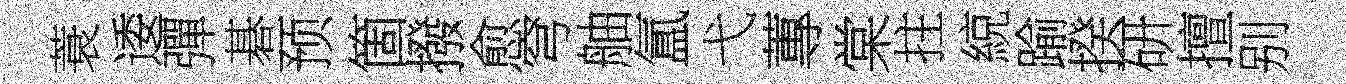
蓑逶彈碁预箇撥愈穹舳氲弋蓴棠拄綂踰揆研擅别